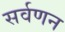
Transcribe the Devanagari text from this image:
सर्वणन